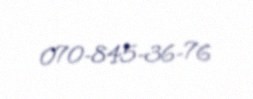
070-845-36-76